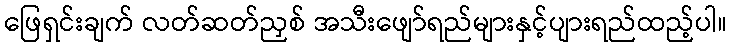
ဖြေရှင်းချက် လတ်ဆတ်ညှစ် အသီးဖျော်ရည်များနှင့်ပျားရည်ထည့်ပါ။